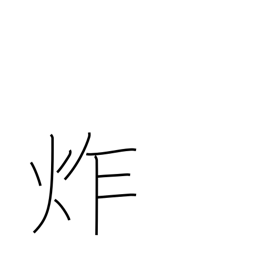
Meaning: frying